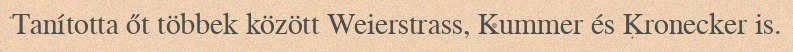
Tanította őt többek között Weierstrass, Kummer és Kronecker is.